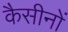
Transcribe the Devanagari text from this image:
कैसीनों